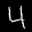
Label: 4